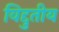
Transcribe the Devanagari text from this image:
विद्दुतीय